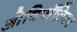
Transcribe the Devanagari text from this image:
ओविपॉज़िटर